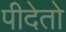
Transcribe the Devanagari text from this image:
पीदेतो